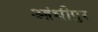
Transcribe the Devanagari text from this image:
आंधीपुर